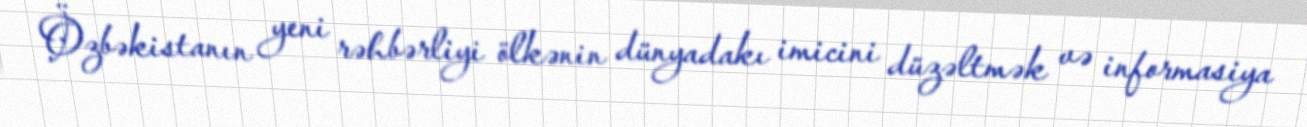
Özbəkistanın yeni rəhbərliyi ölkənin dünyadakı imicini düzəltmək və informasiya